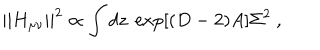
| | H _ { \mu \nu } | | ^ { 2 } \propto \int d z ~ \exp [ ( D - 2 ) A ] \Sigma ^ { 2 } ~ ,